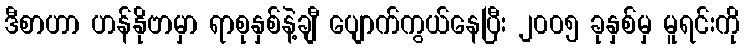
ဒီစာဟာ ဟန်နိုဗာမှာ ရာစုနှစ်နဲ့ချီ ပျောက်ကွယ်နေပြီး ၂၀၀၅ ခုနှစ်မှ မူရင်းကို